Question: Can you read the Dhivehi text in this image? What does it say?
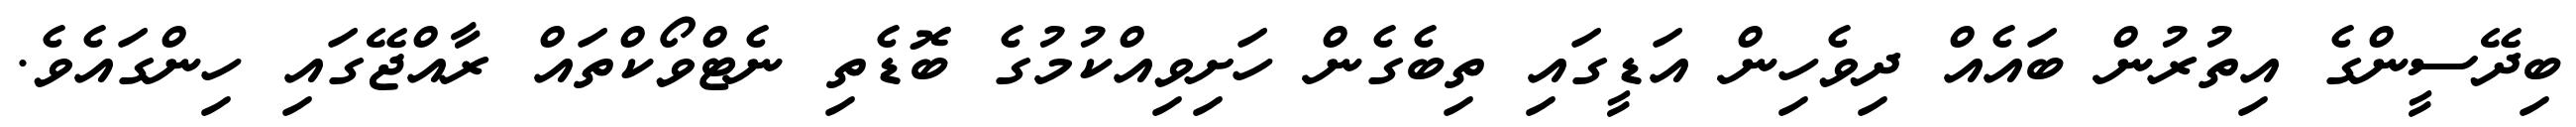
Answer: ބިދޭސީންގެ އިތުރުން ބައެއް ދިވެހިން އަޑީގައި ތިބެގެން ހަށިވިއްކުމުގެ ބޮޑެތި ނެޓްވޯކްތައް ރާއްޖޭގައި ހިންގައެވެ.